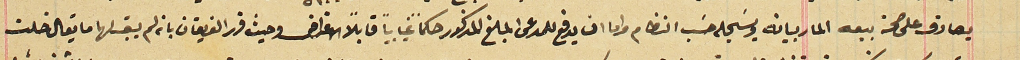
يصادق على صحة بيعه المار بيانه ويسَجله حسَب النظام واما ان يدفع للمدعى المبلغ المذكور حكماً غيابياً قابلاً الاعتراض وحيث قرر الفريقان يانه لم يقبلها ما يقال خلت